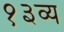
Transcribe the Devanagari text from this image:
१३व्य